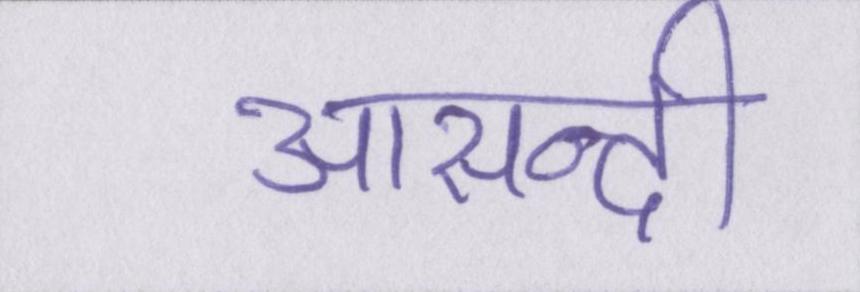
आसन्दी